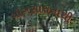
યોગસાધનાથી